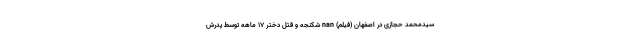
سیدمحمد حجازی در اصفهان (فیلم) nan شکنجه و قتل دختر ۱۷ ماهه توسط پدرش